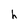
Character: h